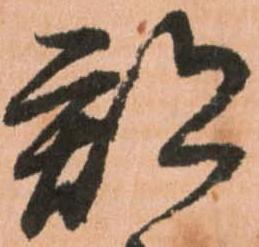
郡